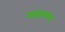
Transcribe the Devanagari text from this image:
माइलायड